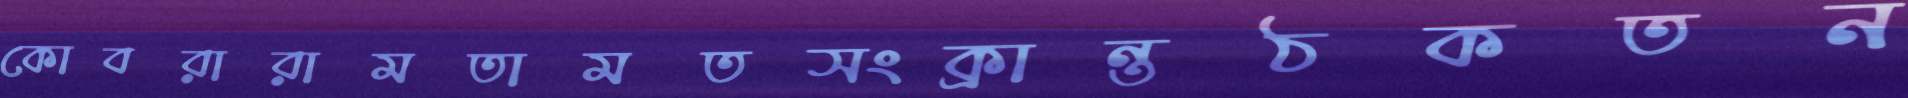
কোবরারামতামতসংক্রান্তঠকতন